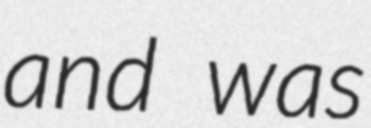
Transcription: and was